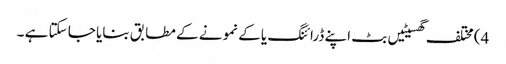
4) مختلف گھسیٹیں بٹ اپنے ڈرائنگ یا کے نمونے کے مطابق بنایا جا سکتا ہے ۔